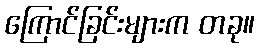
ကြောင်ခြင်းများက တခု။